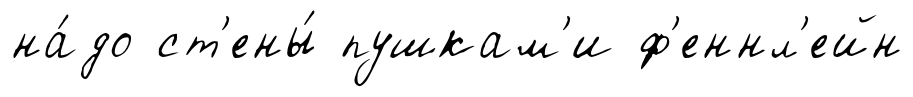
на́до ст'ены́ пушкам'и ф'еннл'ейн